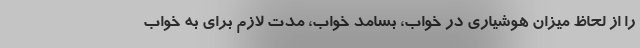
را از لحاظ میزان هوشیاری در خواب، بسامد خواب، مدت لازم برای به خواب